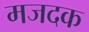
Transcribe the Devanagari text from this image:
मजदक